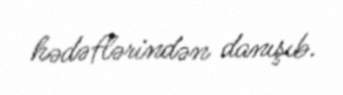
hədəflərindən danışıb.